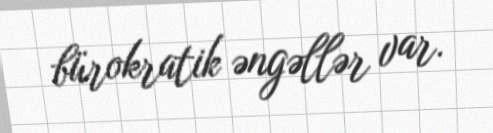
bürokratik əngəllər var.